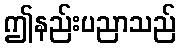
ဤနည်းပညာသည်